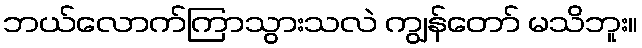
ဘယ်လောက်ကြာသွားသလဲ ကျွန်တော် မသိဘူး။